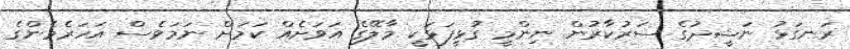
ރަނގަޅު ނަޝީދުގެ ސަރުކާރުން ނިންމީ ގުޅީފަޅަކީ މާލޭގެ އަވަށެއް ކަމަށް ނަމަވެސް އަހަރެމެންގެ